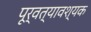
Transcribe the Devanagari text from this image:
पूर्वत्यावश्यक